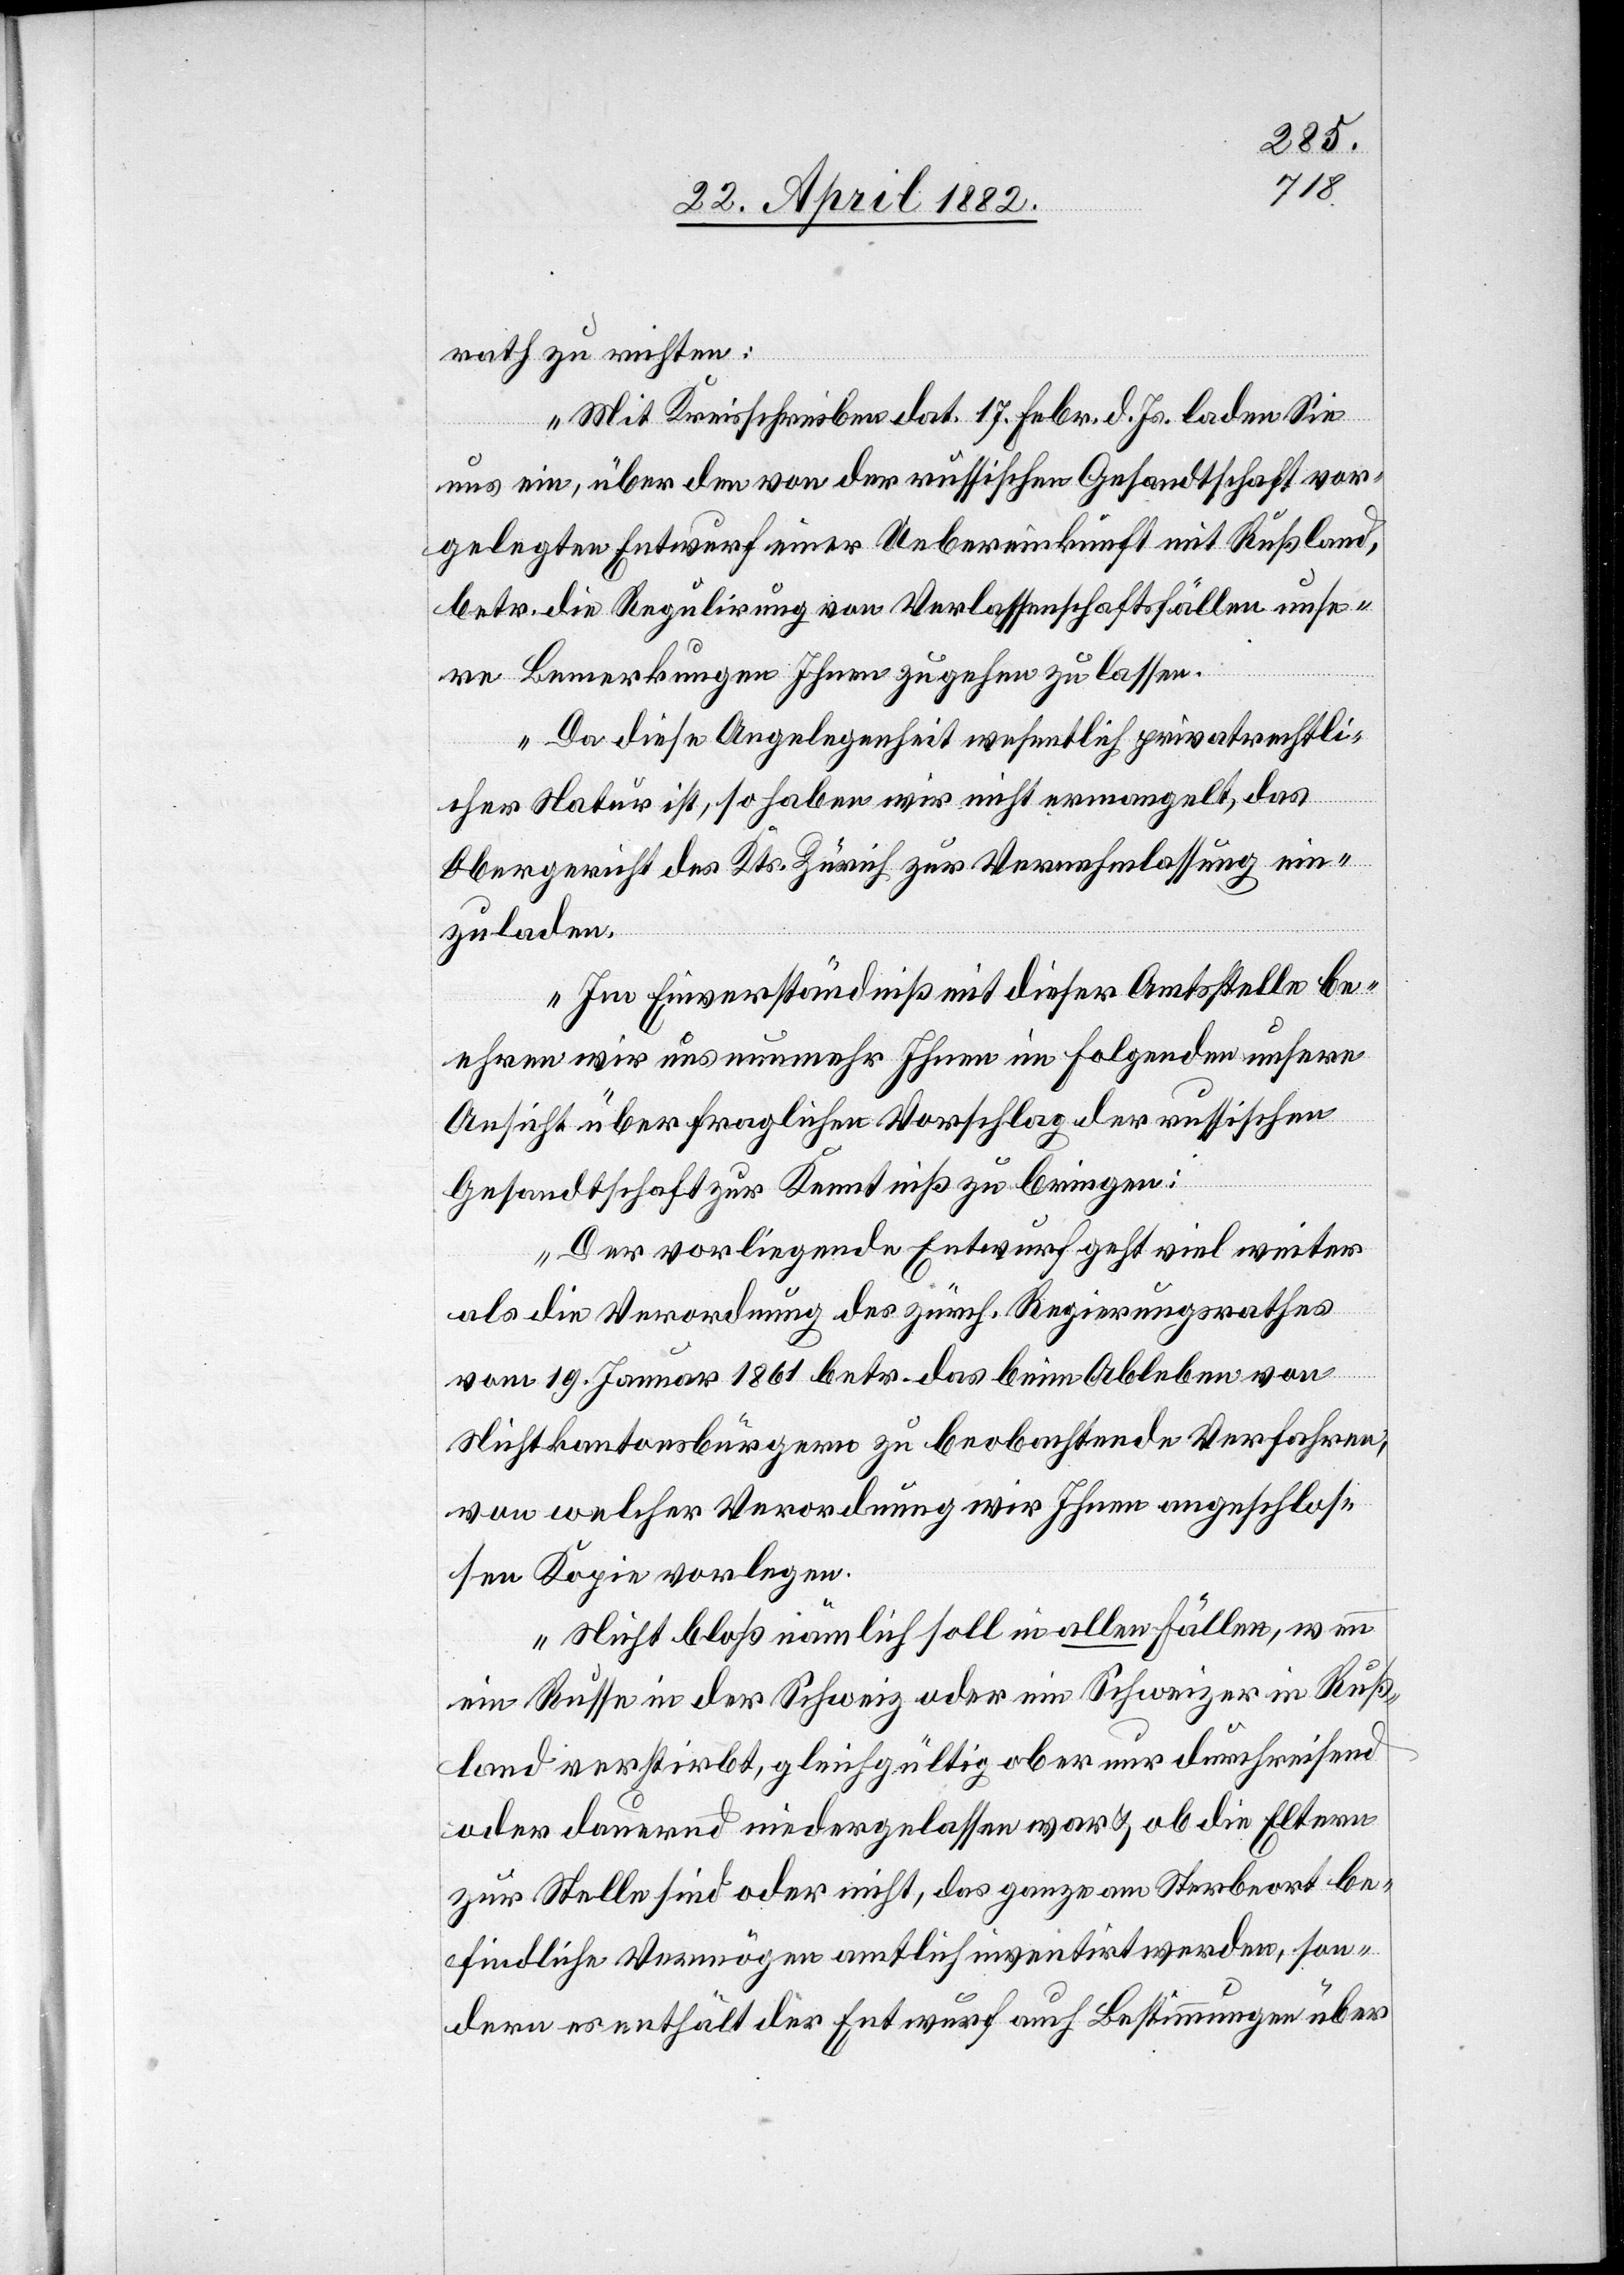
rath zu richten:
„Mit Kreisschreiben dat. 17. Febr. d. Js. laden Sie
uns ein, über den von der russischen Gesandtschaft vor¬
gelegten Entwurf einer Uebereinkunft mit Rußland,
betr. die Regulirung von Verlassenschaftsfällen unse¬
re Bemerkungen Ihnen zugehen zu lassen.
Da diese Angelegenheit wesentlich privatrechtli¬
cher Natur ist, so haben wir nicht ermangelt, das
Obergericht des Kts. Zürich zur Vernehmlassung ein¬
zuladen.
Im Einverständniß mit dieser Amtsstelle be¬
ehren wir uns nunmehr Ihnen im Folgenden unsere
Ansicht über fraglichen Vorschlag der russischen
Gesandtschaft zur Kenntniß zu bringen:
Der vorliegende Entwurf geht viel weiter
als die Verordnung des zürch. Regierungsrathes
vom 19. Januar 1861 betr. das beim Ableben von
Nichtkantonsbürgern zu beobachtende Verfahren,
von welcher Verordnung wir Ihnen angeschlos¬
sen Kopie vorlegen.
Nicht bloß nämlich soll in allen Fällen, wenn
ein Russe in der Schweiz oder ein Schweizer in Ruß¬
land verstirbt, gleichgültig ob er nur durchreisend
oder dauernd niedergelassen war & ob die Eltern
zur Stelle sind oder nicht, das ganze am Sterbeort be¬
findliche Vermögen amtlich inventirt werden, son¬
dern es enthält der Entwurf auch Bestimmungen über